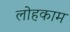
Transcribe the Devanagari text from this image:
लोहकाम